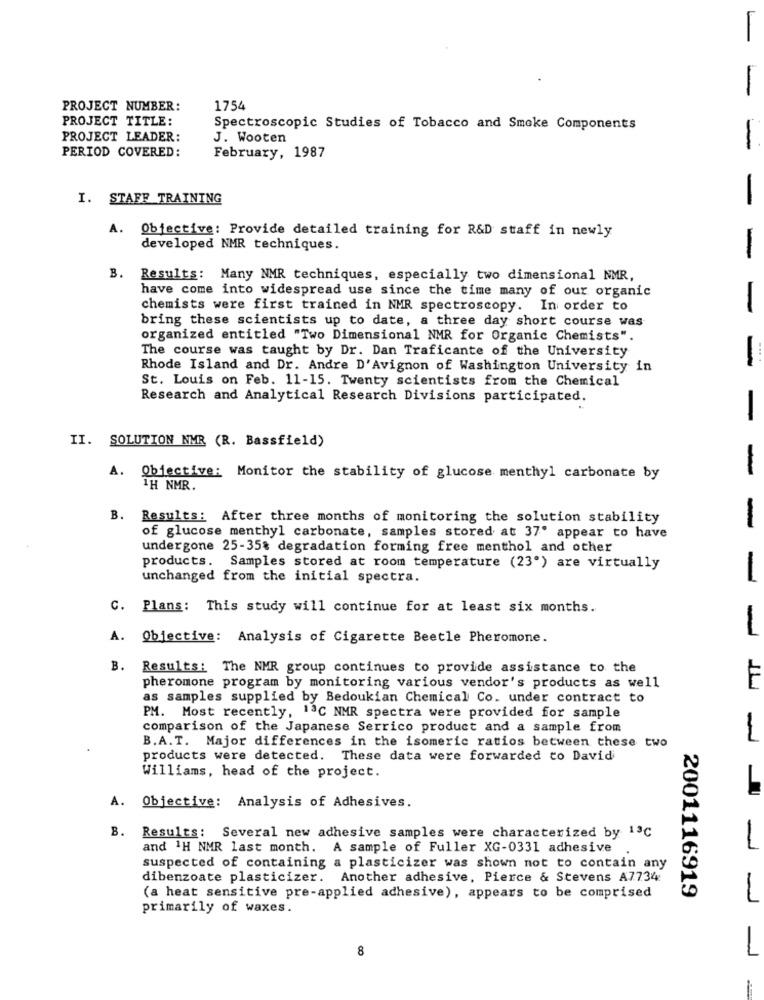
-
PROJECT NUMBER:
1754
PROJECT TITLE:
Spectroscopic Studies of Tobacco and Smoke Components
PROJECT LEADER:
J. Wooten
-
PERIOD COVERED:
February, 1987
I. STAFF TRAINING
A. Objective: Provide detailed training for R&D staff in newly
developed NMR techniques.
B. Results: Many NMR techniques, especially two dimensional NMR,
have come into widespread use since the time many of our organic
chemists were first trained in NMR spectroscopy. In order to
bring these scientists up to date, a three day short course was
---
organized entitled "Two Dimensional NMR for Organic Chemists".
The course was taught by Dr. Dan Traficante of the University
Rhode Island and Dr. Andre D'Avignon of Washington University in
St. Louis on Feb. 11-15. Twenty scientists from the Chemical
-
Research and Analytical Research Divisions participated.
-
II. SOLUTION NMR (R. Bassfield)
-
A. Obiective: Monitor the stability of glucose menthyl carbonate by
TH NMR.
B. Results: After three months of monitoring the solution stability
-
of glucose menthyl carbonate, samples stored at 37' appear to have
undergone 25-35% degradation forming free menthol and other
products. Samples stored at room temperature (23") are virtually
unchanged from the initial spectra.
-
C. Plans: This study will continue for at least six months.
-
A. Objective: Analysis of Cigarette Beetle Pheromone.
B. Results: The NMR group continues to provide assistance to the
F
pheromone program by monitoring various vendor's products as well
as samples supplied by Bedoukian Chemical Co. under contract to
PM. Most recently, 13℃ NMR spectra were provided for sample
comparison of the Japanese Serrico product and a sample from
B. A.T. Major differences in the isomeric ratios between these two
products were detected. These data were forwarded to David
Williams, head of the project.
A.
Objective: Analysis of Adhesives.
B. Results: Several new adhesive samples were characterized by 13℃
and 1H NMR last month. A sample of Fuller XG-0331 adhesive
suspected of containing a plasticizer was shown not to contain any
dibenzoate plasticizer. Another adhesive, Pierce & Stevens A7734
(a heat sensitive pre-applied adhesive), appears to be comprised
2001116919
primarily of waxes.
-
8